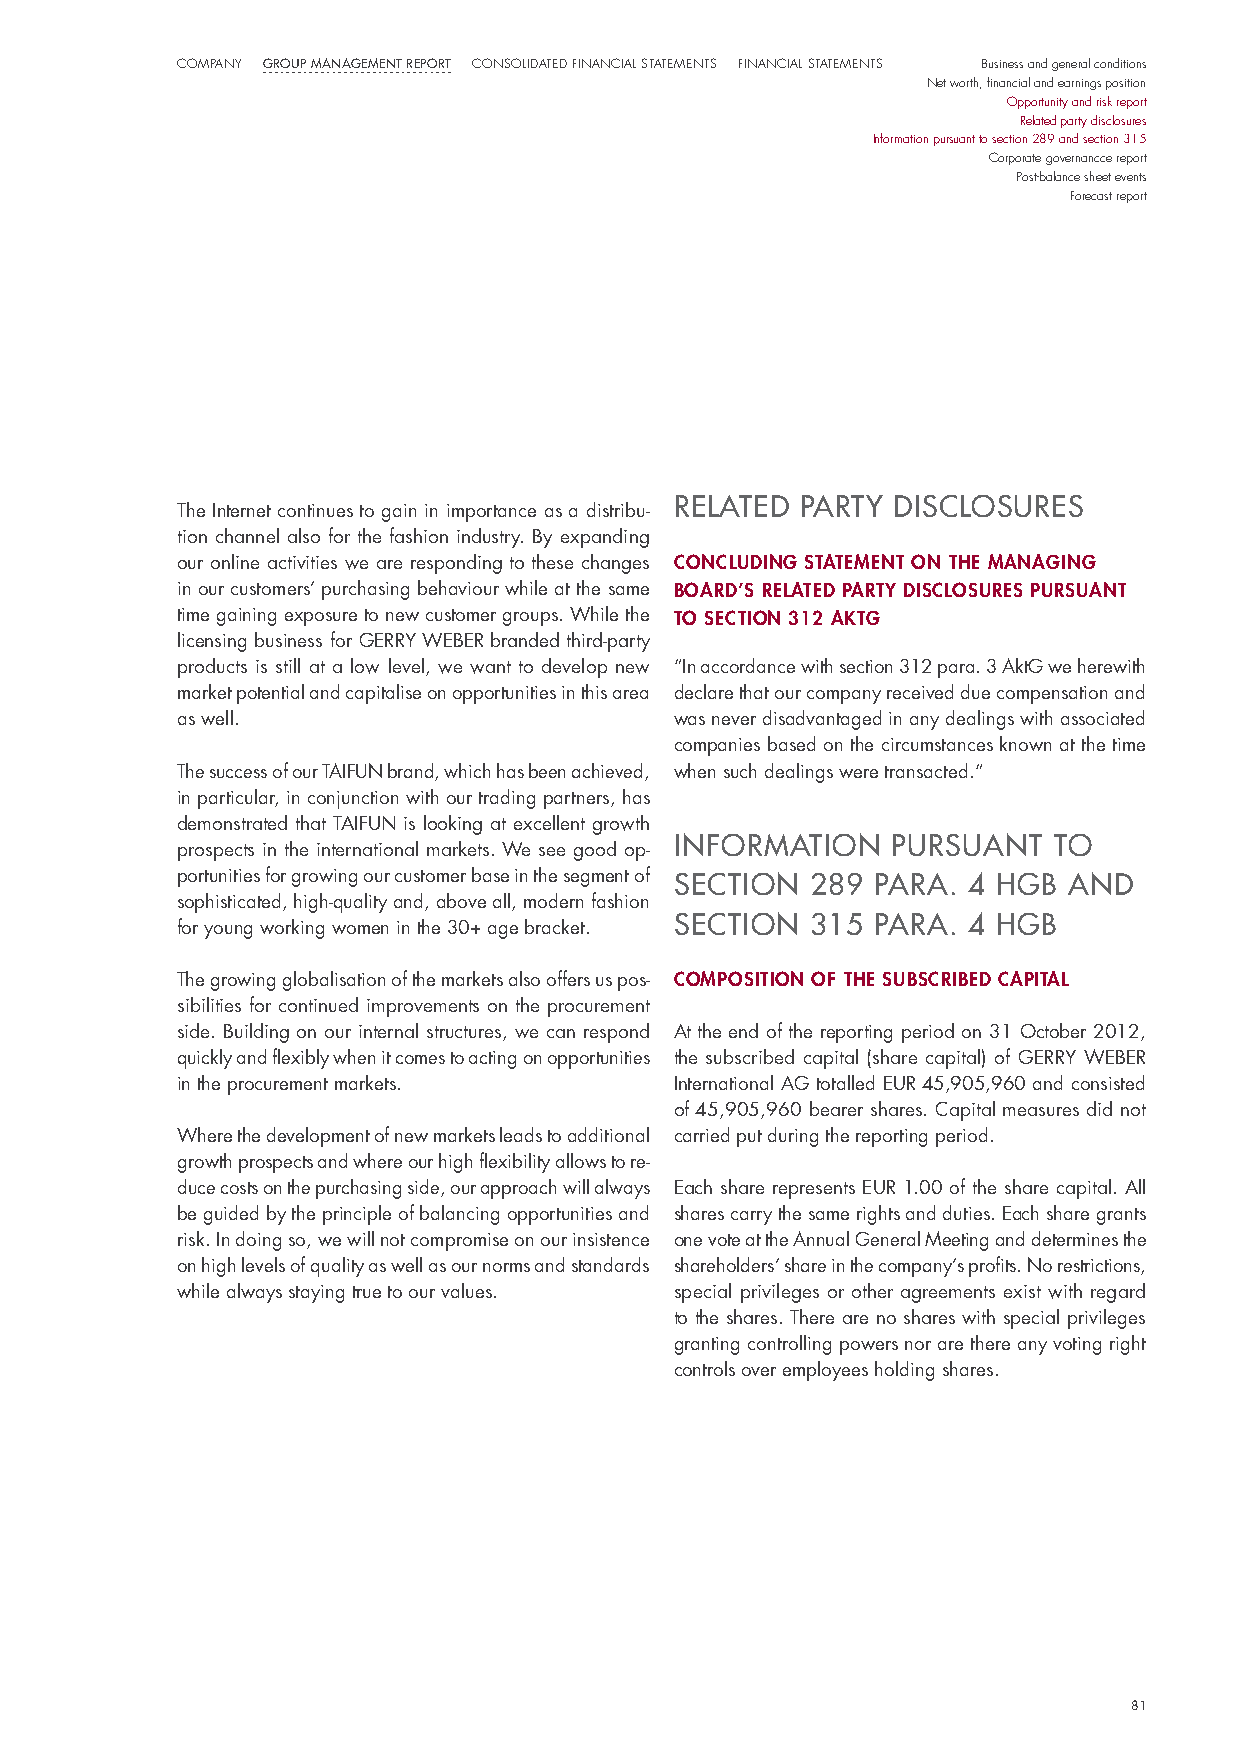
company Group ManaGeMent report consolidated Financial statements Financial statements Business and general conditions
 Net worth, financial and earnings position
 Opportunity and risk report
 Related party disclosures
 Information pursuant to section 289 and section 315
 Corporate governancce report
 Post-balance sheet events
 Forecast report
 ReLAteD PARtY DIScLoSUReS
 The internet continues to gain in importance as a distribu-
 tion channel also for the fashion industry. By expanding
 our online activities we are responding to these changes concludIng statement on the managIng
 in our customers’ purchasing behaviour while at the same Board’s related party dIsclosures pursuant
 time gaining exposure to new customer groups. While the to sectIon 312 aktg
 licensing business for GeRRY WeBeR branded third-party
 products is still at a low level, we want to develop new “in accordance with section 312 para. 3 AktG we herewith
 market potential and capitalise on opportunities in this area declare that our company received due compensation and
 as well.                         was never disadvantaged in any dealings with associated
 companies based on the circumstances known at the time
 The success of our TAiFun brand, which has been achieved, when such dealings were transacted.“
 in particular, in conjunction with our trading partners, has
 demonstrated that TAiFun is looking at excellent growth
 InFoRMAtIon   PURSUAnt  to
 prospects in the international markets. We see good op-
 portunities for growing our customer base in the segment of SectIon 289 PARA. 4 HGB AnD
 sophisticated, high-quality and, above all, modern fashion
 SectIon 315 PARA.  4 HGB
 for young working women in the 30+ age bracket.
 The growing globalisation of the markets also offers us pos- composItIon of the suBscrIBed capItal
 sibilities for continued improvements on the procurement
 side. Building on our internal structures, we can respond At the end of the reporting period on 31 october 2012,
 quickly and flexibly when it comes to acting on opportunities the subscribed capital (share capital) of GeRRY WeBeR
 in the procurement markets.      international AG totalled euR 45,905,960 and consisted
 of 45,905,960 bearer shares. Capital measures did not
 Where the development of new markets leads to additional carried put during the reporting period.
 growth prospects and where our high flexibility allows to re-
 duce costs on the purchasing side, our approach will always each share represents euR 1.00 of the share capital. All
 be guided by the principle of balancing opportunities and shares carry the same rights and duties. each share grants
 risk. in doing so, we will not compromise on our insistence one vote at the Annual General meeting and determines the
 on high levels of quality as well as our norms and standards shareholders’ share in the company’s profits. no restrictions,
 while always staying true to our values. special privileges or other agreements exist with regard
 to the shares. There are no shares with special privileges
 granting controlling powers nor are there any voting right
 controls over employees holding shares.
 81